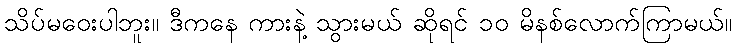
သိပ်မဝေးပါဘူး။ ဒီကနေ ကားနဲ့ သွားမယ် ဆိုရင် ၁၀ မိနစ်လောက်ကြာမယ်။